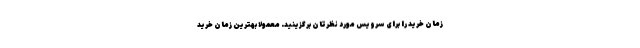
زمان خرید را برای سرویس مورد نظرتان برگزینید. معمولا بهترین زمان خرید